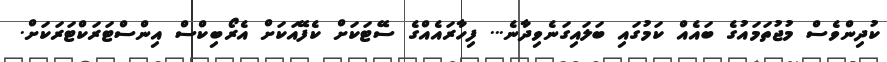
ކުދިންވެސް މުޖުތަމައުގެ ބައެއް ކަމުގައި ބަލައިގަނެވިދާނެ... ފިހާރައެއްގެ ސޭޓަކަށް ކެފޭއަކަށް އެރޯބިކްސް އިންސްޓަރަކްޓަރަކަށް.